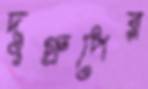
দুগ্রুপের